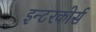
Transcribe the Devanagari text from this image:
इन्टरकोर्स